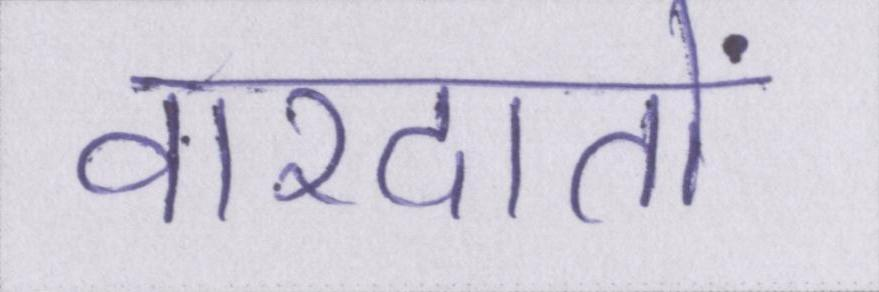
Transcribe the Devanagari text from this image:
वारदातों